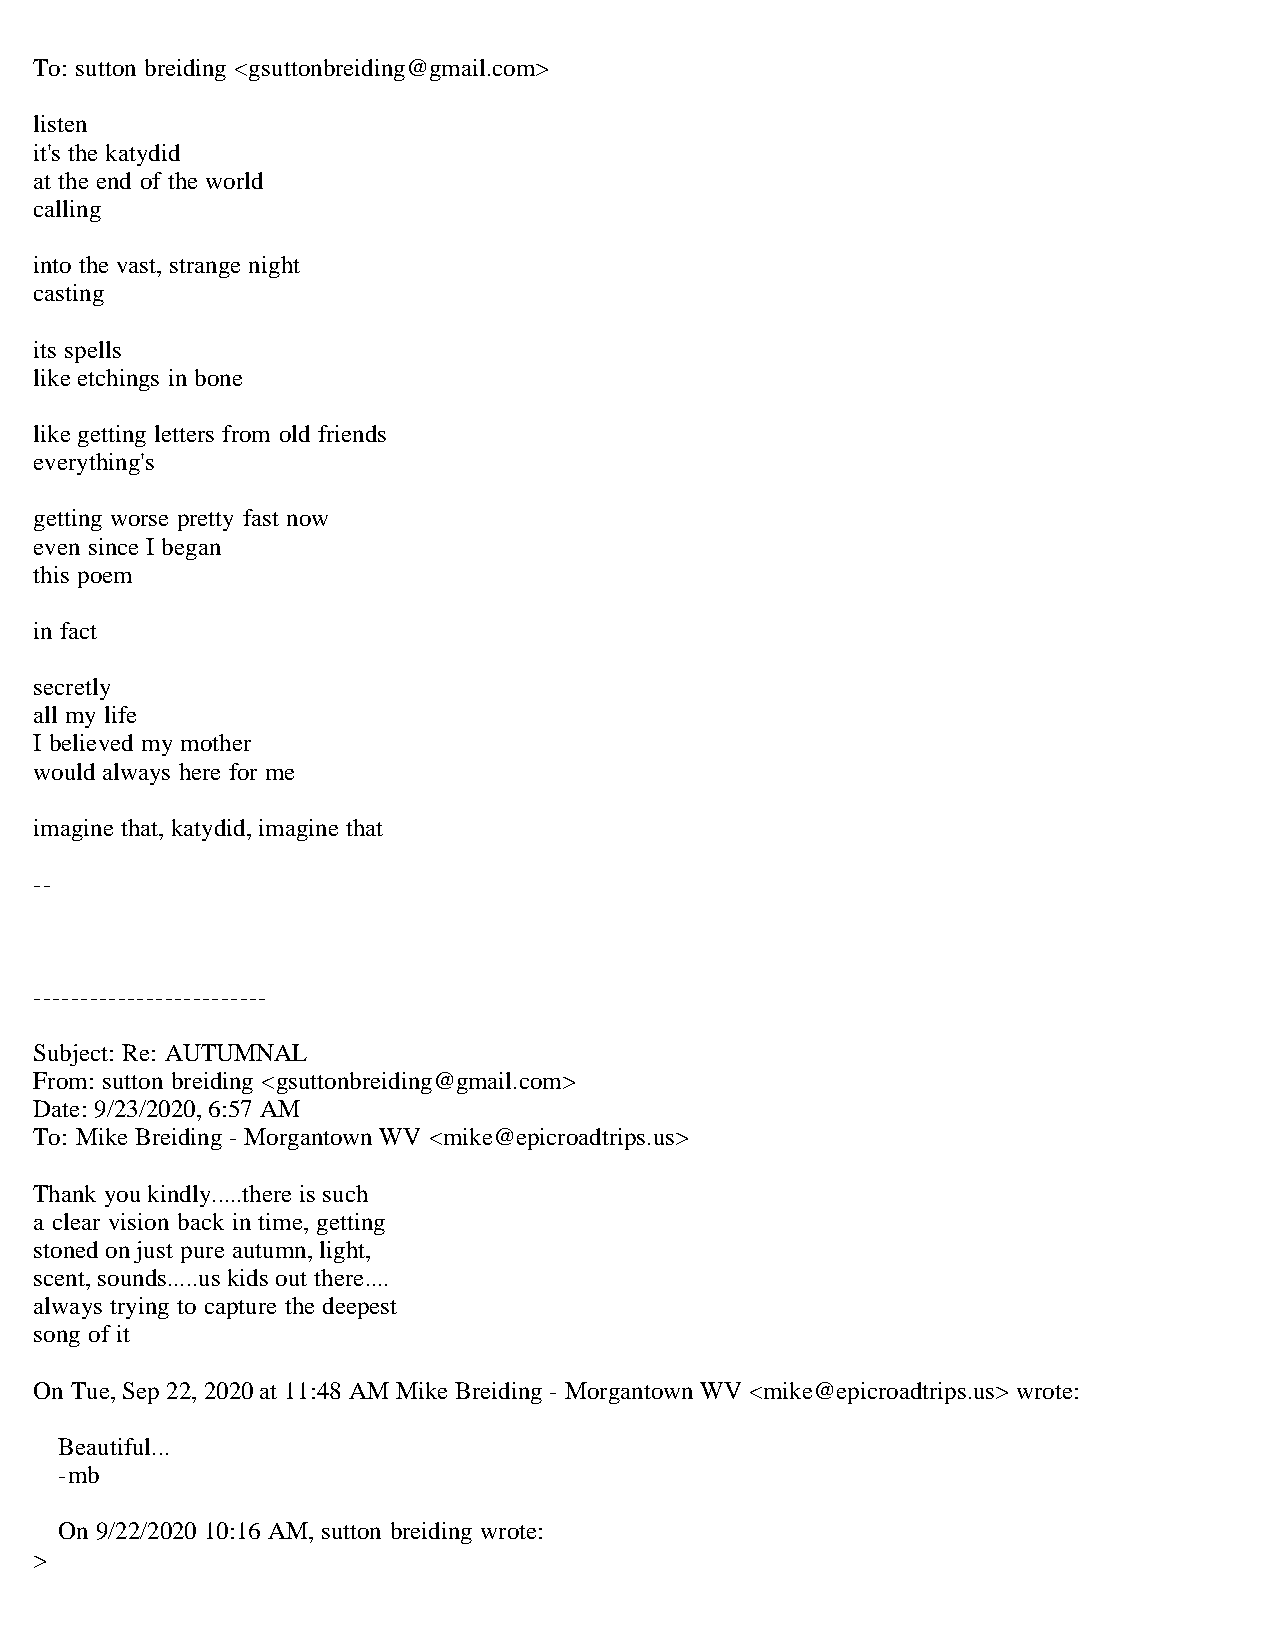
To: sutton breiding <gsuttonbreiding@gmail.com>
 listen
 it's the katydid
 at the end of the world
 calling
 into the vast, strange night
 casting
 its spells
 like etchings in bone
 like getting letters from old friends
 everything's
 getting worse pretty fast now
 even since I began
 this poem
 in fact
 secretly
 all my life
 I believed my mother
 would always here for me
 imagine that, katydid, imagine that
 --
 -------------------------
 Subject: Re: AUTUMNAL
 From: sutton breiding <gsuttonbreiding@gmail.com>
 Date: 9/23/2020, 6:57 AM
 To: Mike Breiding - Morgantown WV <mike@epicroadtrips.us>
 Thank you kindly.....there is such
 a clear vision back in time, getting
 stoned on just pure autumn, light,
 scent, sounds.....us kids out there....
 always trying to capture the deepest
 song of it
 On Tue, Sep 22, 2020 at 11:48 AM Mike Breiding - Morgantown WV <mike@epicroadtrips.us> wrote:
 Beautiful...
 -mb
 On 9/22/2020 10:16 AM, sutton breiding wrote:
 >